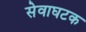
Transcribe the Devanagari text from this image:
सेवाघटक